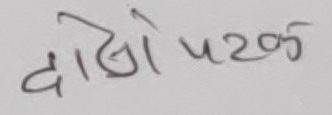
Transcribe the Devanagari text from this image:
दाहिने पटक